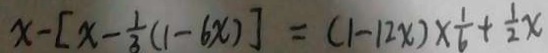
x - [ x - \frac { 1 } { 3 } ( 1 - 6 x ) ] = ( 1 - 1 2 x ) \times \frac { 1 } { 6 } + \frac { 1 } { 2 } x